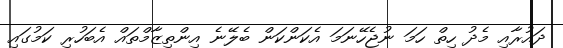
ދައުރާއި މެދު ހިތް ހަމަ ނުޖެހޭނަމަ އެކަންކަން ބެލޭނެ އިންތިޒާމްތައް އެބަހުރި ކަމުގައި